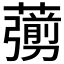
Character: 𦿶